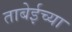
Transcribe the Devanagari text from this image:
ताबेईच्या